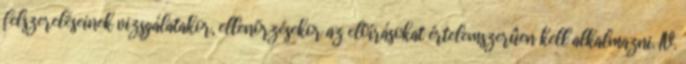
felszereléseinek vizsgálatakor, ellenõrzésekor az elõírásokat értelemszerûen kell alkalmazni. IV.